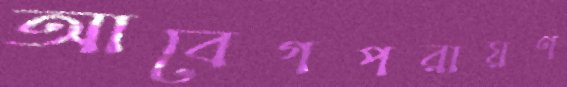
আবেগপরায়ণ